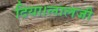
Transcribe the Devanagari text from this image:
दिया।लालजी